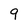
Character: 9